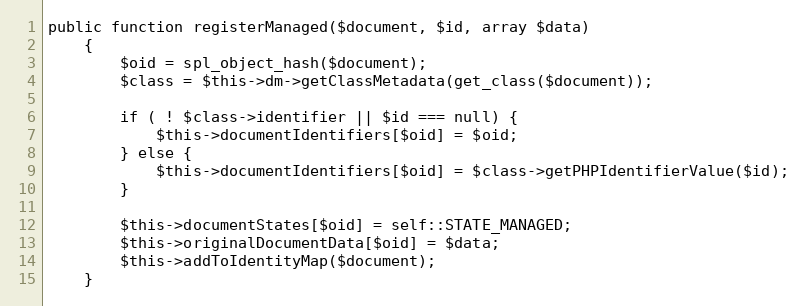
Language: PHP
public function registerManaged($document, $id, array $data)
    {
        $oid = spl_object_hash($document);
        $class = $this->dm->getClassMetadata(get_class($document));

        if ( ! $class->identifier || $id === null) {
            $this->documentIdentifiers[$oid] = $oid;
        } else {
            $this->documentIdentifiers[$oid] = $class->getPHPIdentifierValue($id);
        }

        $this->documentStates[$oid] = self::STATE_MANAGED;
        $this->originalDocumentData[$oid] = $data;
        $this->addToIdentityMap($document);
    }